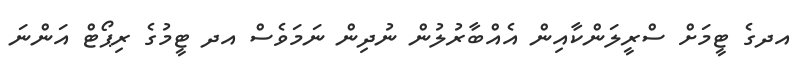
އދގެ ޓީމަށް ސްރީލަންކާއިން އެއްބާރުލުން ނުދިން ނަމަވެސް އދ ޓީމުގެ ރިޕޯޓް އަންނަ